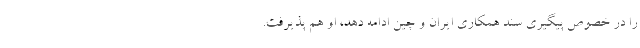
را در خصوص پیگیری سند همکاری ایران و چین ادامه دهد، او هم پذیرفت.